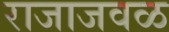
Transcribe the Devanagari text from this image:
राजाजवळ